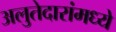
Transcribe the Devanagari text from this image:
अलुतेदारांमध्ये